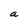
Character: a